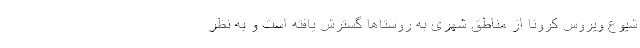
شیوع ویروس کرونا از مناطق شهری به روستاها گسترش یافته است و به نظر